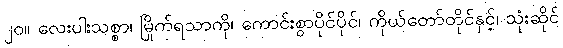
၂၀။ လေးပါးသစ္စာ၊ မြိုက်ရသာကို၊ ကောင်းစွာပိုင်ပိုင်၊ ကိုယ်တော်တိုင်နှင့်၊ သုံးဆိုင်